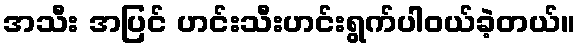
အသီး အပြင် ဟင်းသီးဟင်းရွက်ပါဝယ်ခဲ့တယ်။